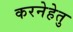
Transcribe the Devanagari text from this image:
करनेहेतु